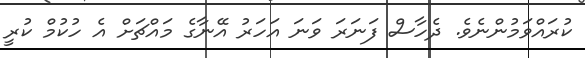
ކުރައްވަމުންނެވެ. ދެހާސް ފަނަރަ ވަނަ އަހަރު އޭނާގެ މައްޗަށް އެ ހުކުމް ކުރީ